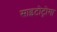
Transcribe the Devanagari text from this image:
साइटोट्रोगा